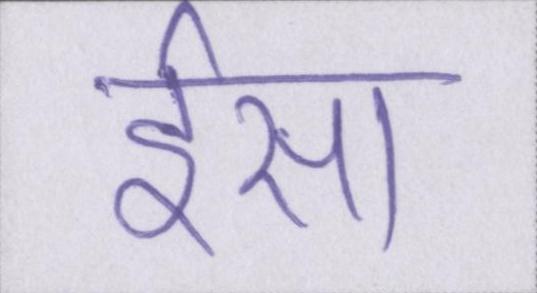
ईसा